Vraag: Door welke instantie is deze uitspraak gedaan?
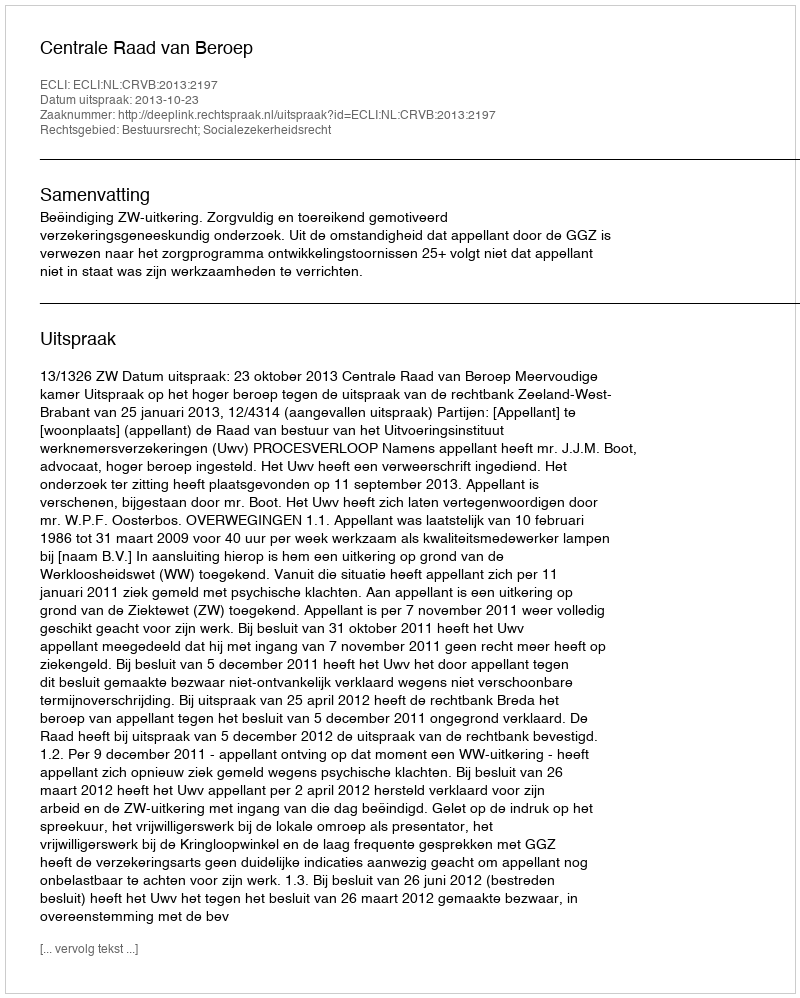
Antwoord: Centrale Raad van Beroep